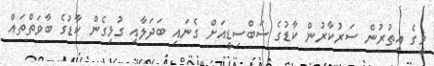
މީގެ އިތުރުން ސަރުކާރުން ކާޑުގެ ސަބްސިޑީއަށް ގެނައި ބަދަލާއި ގުޅިގެން ކާޑުގެ ބާވަތްތައް